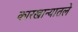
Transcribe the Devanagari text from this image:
कारखान्यातले